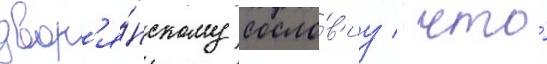
двор'я́нскому сосло́в'иу / что́